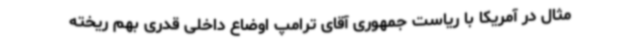
مثال در آمریکا با ریاست جمهوری آقای ترامپ اوضاع داخلی قدری بهم ریخته